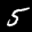
Label: 5